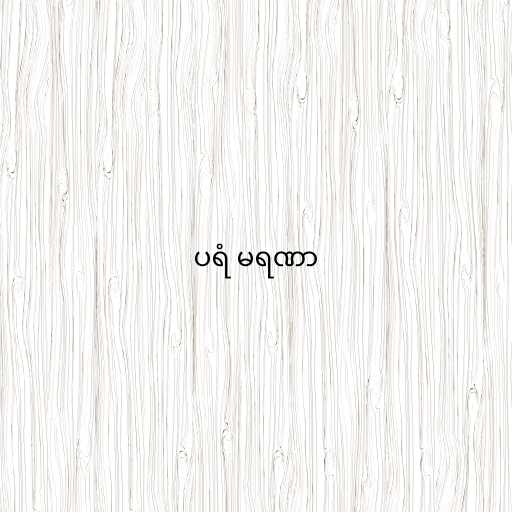
ပရံ မရဏာ